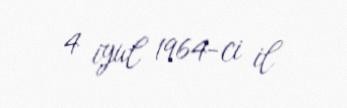
4 iyul 1964-ci il